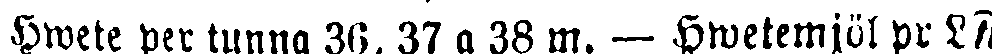
Hwete per tunna 30, 37 a 38 m. — Hwetemjöl pr LA